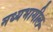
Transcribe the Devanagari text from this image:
मध्यभागील